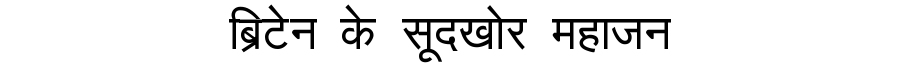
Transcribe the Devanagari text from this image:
ब्रिटेन के सूदखोर महाजन